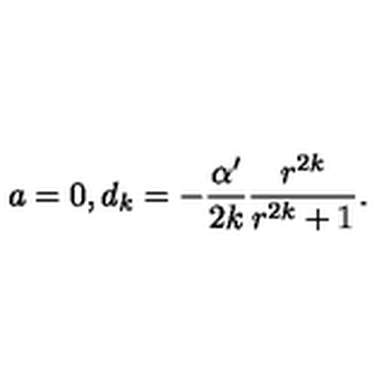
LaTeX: a = 0 , d _ { k } = - \frac { \alpha ^ { \prime } } { 2 k } \frac { r ^ { 2 k } } { r ^ { 2 k } + 1 } .